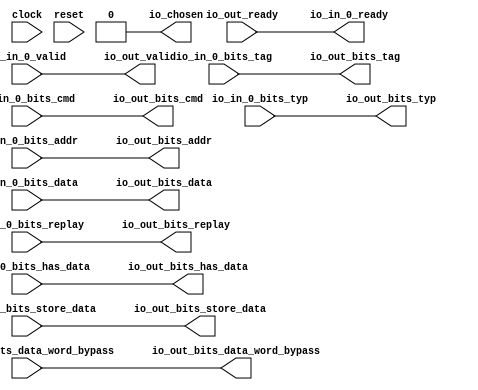
module Arbiter_6(
  input   clock,
  input   reset,
  output  io_in_0_ready,
  input   io_in_0_valid,
  input  [39:0] io_in_0_bits_addr,
  input  [6:0] io_in_0_bits_tag,
  input  [4:0] io_in_0_bits_cmd,
  input  [2:0] io_in_0_bits_typ,
  input  [63:0] io_in_0_bits_data,
  input   io_in_0_bits_replay,
  input   io_in_0_bits_has_data,
  input  [63:0] io_in_0_bits_data_word_bypass,
  input  [63:0] io_in_0_bits_store_data,
  input   io_out_ready,
  output  io_out_valid,
  output [39:0] io_out_bits_addr,
  output [6:0] io_out_bits_tag,
  output [4:0] io_out_bits_cmd,
  output [2:0] io_out_bits_typ,
  output [63:0] io_out_bits_data,
  output  io_out_bits_replay,
  output  io_out_bits_has_data,
  output [63:0] io_out_bits_data_word_bypass,
  output [63:0] io_out_bits_store_data,
  output  io_chosen
);
  assign io_in_0_ready = io_out_ready;
  assign io_out_valid = io_in_0_valid;
  assign io_out_bits_addr = io_in_0_bits_addr;
  assign io_out_bits_tag = io_in_0_bits_tag;
  assign io_out_bits_cmd = io_in_0_bits_cmd;
  assign io_out_bits_typ = io_in_0_bits_typ;
  assign io_out_bits_data = io_in_0_bits_data;
  assign io_out_bits_replay = io_in_0_bits_replay;
  assign io_out_bits_has_data = io_in_0_bits_has_data;
  assign io_out_bits_data_word_bypass = io_in_0_bits_data_word_bypass;
  assign io_out_bits_store_data = io_in_0_bits_store_data;
  assign io_chosen = 1'h0;
endmodule